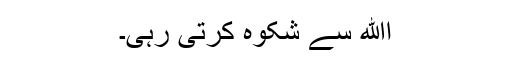
اﷲ سے شکوہ کرتی رہی۔